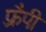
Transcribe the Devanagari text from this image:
फ़्रैपी